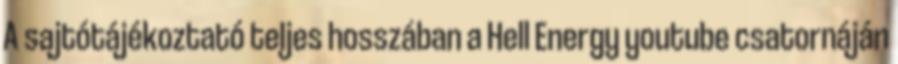
A sajtótájékoztató teljes hosszában a Hell Energy youtube csatornáján